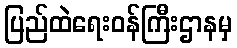
ပြည်ထဲရေးဝန်ကြီးဌာနမှ